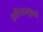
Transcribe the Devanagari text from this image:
द्वीपसमूहाने